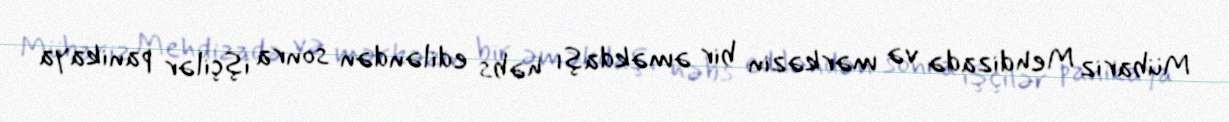
Mübariz Mehdizadə və mərkəzin bir əməkdaşı həbs ediləndən sonra işçilər panikaya